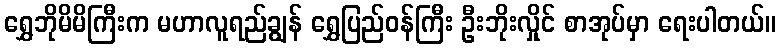
ရွှေဘိုမိမိကြီးက မဟာလူရည်ချွန် ရွှေပြည်ဝန်ကြီး ဦးဘိုးလှိုင် စာအုပ်မှာ ရေးပါတယ်။